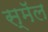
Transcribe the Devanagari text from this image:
स्मॅल